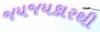
જયજયકારથી